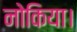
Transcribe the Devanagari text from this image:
नोकिया।